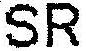
SR